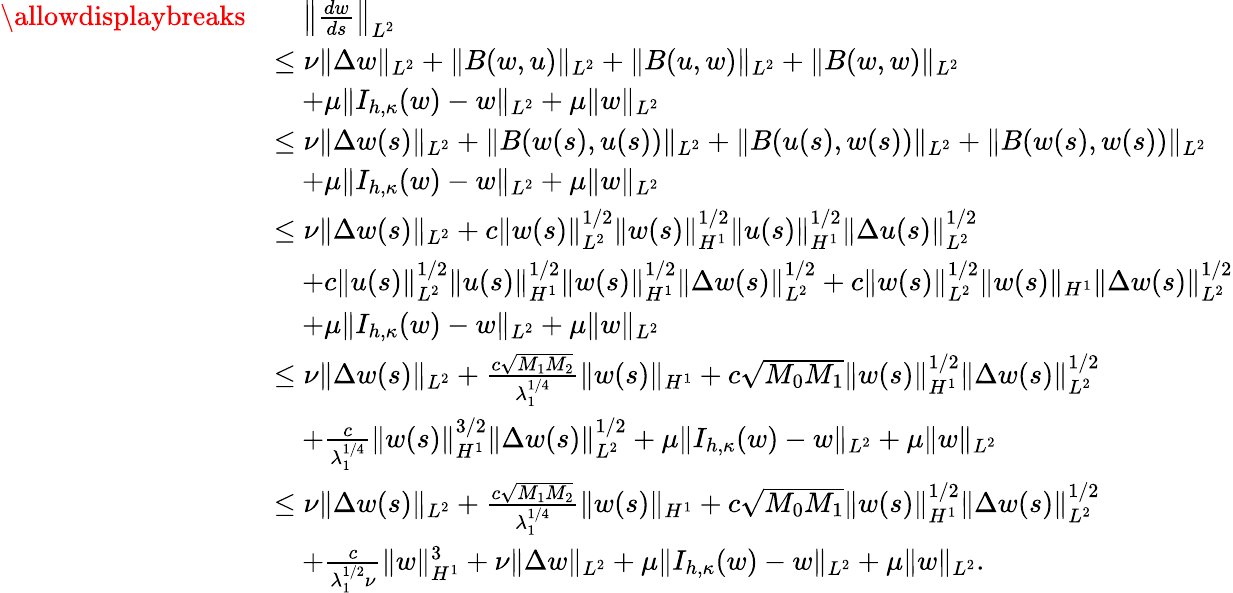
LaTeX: \begin{array}{rl}{\allowdisplaybreaks}&{\quad\left\Vert\frac{dw}{ds}\right\Vert_{L^{2}}}\\ &{\leq\nu\| \Delta w\| _{L^{2}}+\| B(w,u)\| _{L^{2}}+\| B(u,w)\| _{L^{2}}+\| B(w,w)\| _{L^{2}}}\\ &{\quad+\mu\| I_{h,\kappa}(w)-w\| _{L^{2}}+\mu\| w\| _{L^{2}}}\\ &{\leq\nu\| \Delta w(s)\| _{L^{2}}+\| B(w(s),u(s))\| _{L^{2}}+\| B(u(s),w(s))\| _{L^{2}}+\| B(w(s),w(s))\| _{L^{2}}}\\ &{\quad+\mu\| I_{h,\kappa}(w)-w\| _{L^{2}}+\mu\| w\| _{L^{2}}}\\ &{\leq\nu\| \Delta w(s)\| _{L^{2}}+c\| w(s)\| _{L^{2}}^{1/2}\| w(s)\| _{H^{1}}^{1/2}\| u(s)\| _{H^{1}}^{1/2}\| \Delta u(s)\| _{L^{2}}^{1/2}}\\ &{\quad+c\| u(s)\| _{L^{2}}^{1/2}\| u(s)\| _{H^{1}}^{1/2}\| w(s)\| _{H^{1}}^{1/2}\| \Delta w(s)\| _{L^{2}}^{1/2}+c\| w(s)\| _{L^{2}}^{1/2}\| w(s)\| _{H^{1}}\| \Delta w(s)\| _{L^{2}}^{1/2}}\\ &{\quad+\mu\| I_{h,\kappa}(w)-w\| _{L^{2}}+\mu\| w\| _{L^{2}}}\\ &{\leq\nu\| \Delta w(s)\| _{L^{2}}+\frac{c\sqrt{M_{1}M_{2}}}{\lambda_{1}^{1/4}}\| w(s)\| _{H^{1}}+c\sqrt{M_{0}M_{1}}\| w(s)\| _{H^{1}}^{1/2}\| \Delta w(s)\| _{L^{2}}^{1/2}}\\ &{\quad+\frac{c}{\lambda_{1}^{1/4}}\| w(s)\| _{H^{1}}^{3/2}\| \Delta w(s)\| _{L^{2}}^{1/2}+\mu\| I_{h,\kappa}(w)-w\| _{L^{2}}+\mu\| w\| _{L^{2}}}\\ &{\leq\nu\| \Delta w(s)\| _{L^{2}}+\frac{c\sqrt{M_{1}M_{2}}}{\lambda_{1}^{1/4}}\| w(s)\| _{H^{1}}+c\sqrt{M_{0}M_{1}}\| w(s)\| _{H^{1}}^{1/2}\| \Delta w(s)\| _{L^{2}}^{1/2}}\\ &{\quad+\frac{c}{\lambda_{1}^{1/2}\nu}\| w\| _{H^{1}}^{3}+\nu\| \Delta w\| _{L^{2}}+\mu\| I_{h,\kappa}(w)-w\| _{L^{2}}+\mu\| w\| _{L^{2}}.}\end{array}